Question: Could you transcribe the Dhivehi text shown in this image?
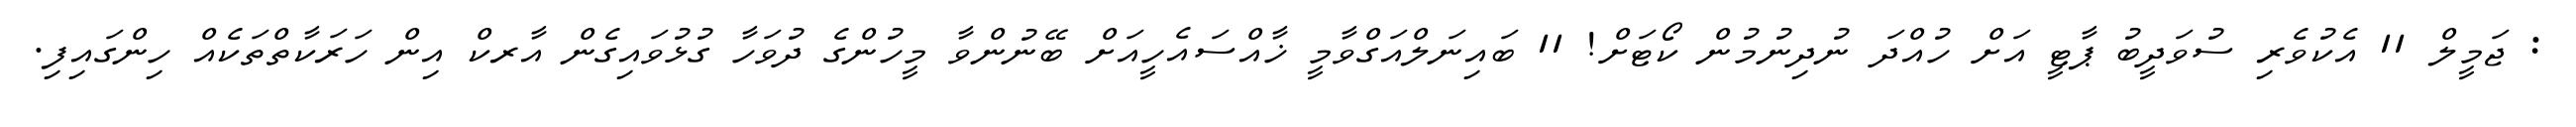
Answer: : ޖަމީލް 11 އެކުވެރި ސުވަދީބު ޕާޓީ އަށް ހުއްދަ ނުދިނުމުން ކޯޓަށް! 11 ބައިނަލްއަގްވާމީ ޚާއްސައެހީއަށް ބޭނުންވާ މީހުންގެ ދުވަހާ ގުޅުވައިގެން އާރކް އިން ހަރަކާތްތަކެއް ހިންގައިފި.